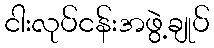
ငါးလုပ်ငန်းအဖွဲ့ချုပ်